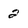
Character: 2